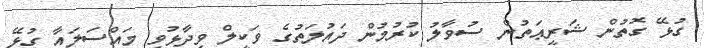
ގުޅޭ ގޮތުން ޝަރީޢަތުން ސުވާލު ކުރުމުން ދައުލަތުގެ ވަކީލް ވިދާޅުވީ މައްސަލައާ ގުޅޭ